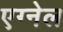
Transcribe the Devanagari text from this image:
एग्नेल